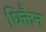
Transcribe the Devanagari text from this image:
धिक्तैन